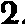
2.